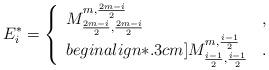
LaTeX: \begin{align*}E^*_i=\left\{\begin{array}{ll} M^{m,\frac{2m-i}{2}}_{\frac{2m-i}{2},\frac{2m-i}{2}} &,\\begin{align*}.3cm] M^{m,\frac{i-1}{2}}_{\frac{i-1}{2},\frac{i-1}{2}} &.\end{array}\right.\end{align*}